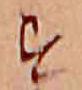
す